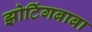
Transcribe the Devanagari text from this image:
झोटिंगबाबा